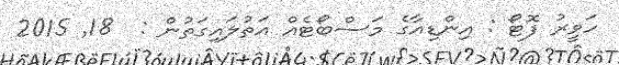
ހަވީރު ފޮޓޯ : އިންޑިއާގެ މަސްބޯޓެއް އަތުލައިގަތުން :  18